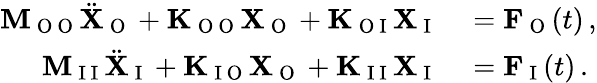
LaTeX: \begin{array}{rl}{\mathbf{M}_{\mathrm{~O~O~}}\ddot{\mathbf{X}}_{\mathrm{~O~}}+\mathbf{K}_{\mathrm{~O~O~}}\mathbf{X}_{\mathrm{~O~}}+\mathbf{K}_{\mathrm{~O~I~}}\mathbf{X}_{\mathrm{~I~}}}&{{}=\mathbf{F}_{\mathrm{~O~}}(t)\, ,}\\ {\mathbf{M}_{\mathrm{~I~I~}}\ddot{\mathbf{X}}_{\mathrm{~I~}}+\mathbf{K}_{\mathrm{~I~O~}}\mathbf{X}_{\mathrm{~O~}}+\mathbf{K}_{\mathrm{~I~I~}}\mathbf{X}_{\mathrm{~I~}}}&{{}=\mathbf{F}_{\mathrm{~I~}}(t)\, .}\end{array}